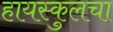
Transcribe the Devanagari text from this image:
हायस्कुलचा